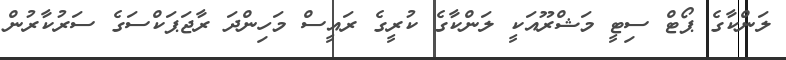
ލަންކާގެ ޕޯޓް ސިޓީ މަޝްރޫއަކީ ލަންކާގެ ކުރީގެ ރައީސް މަހިންދަ ރާޖަޕަކްސަގެ ސަރުކާރުން